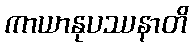
ကာယာနုပဿနာတိ